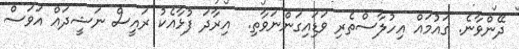
ދޭންވާނެ. ގައުމައް އިހުލާސްތެރި ވަޑަިއިގަންނަވާތި.  އިރާދަ ފުޅާއެކު ރައީސް ނަޝީދައް އަވަސް